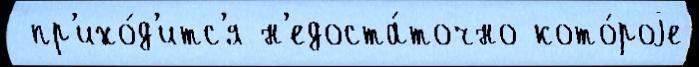
 пр'ихо́д'итс'я н'едоста́точно кото́роjе